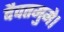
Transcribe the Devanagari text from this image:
दैवतमुमे।